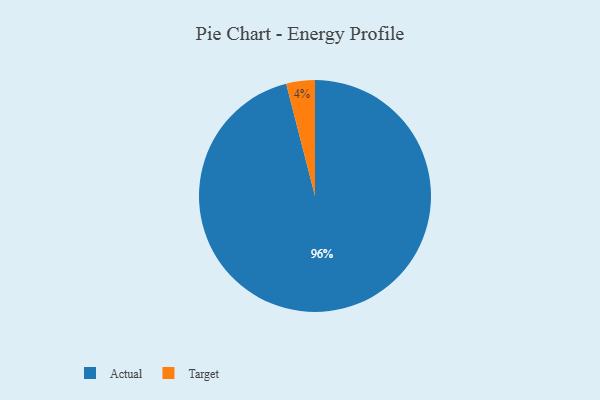
{"axis": {"x": "Category", "y": "Percentage"}, "legend": ["Actual", "Target"], "data": [{"x": "Actual", "y": 96, "type": "Actual"}, {"x": "Target", "y": 4, "type": "Target"}]}